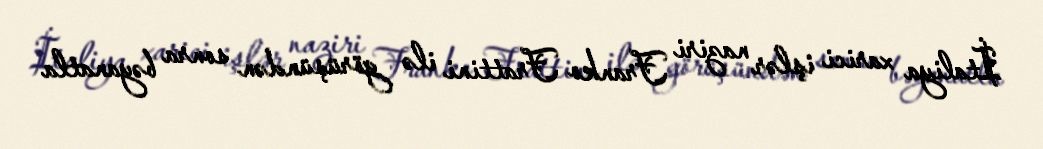
İtaliya xarici işlər naziri Franko Frattini ilə görüşündən sonra bəyanatla